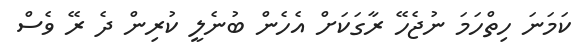
ކަމަނަ ހިތްހަމަ ނުޖެހޭ ރާގަކަށް އެހެން ބުނެލީ ކުރިން ދެ ރޭ ވެސް